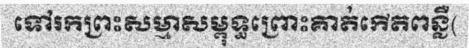
ទៅរកព្រះសម្មាសម្ពុទ្ធព្រោះគាត់កើតពន្លឺ(